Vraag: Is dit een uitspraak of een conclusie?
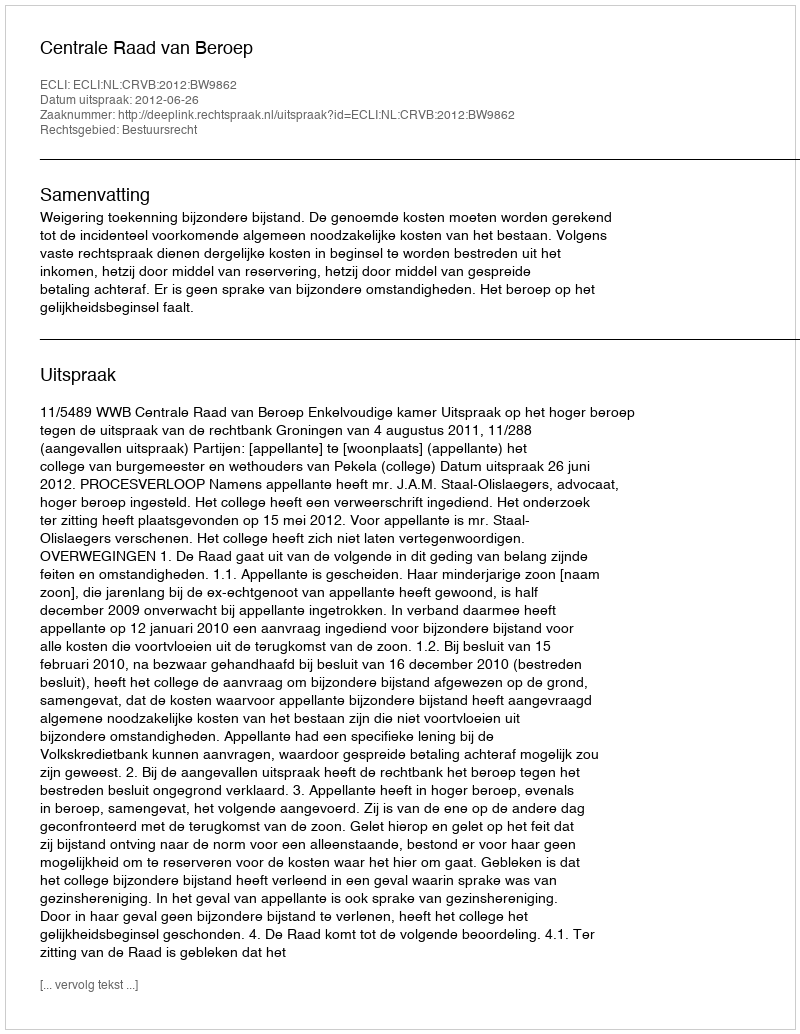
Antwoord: Uitspraak